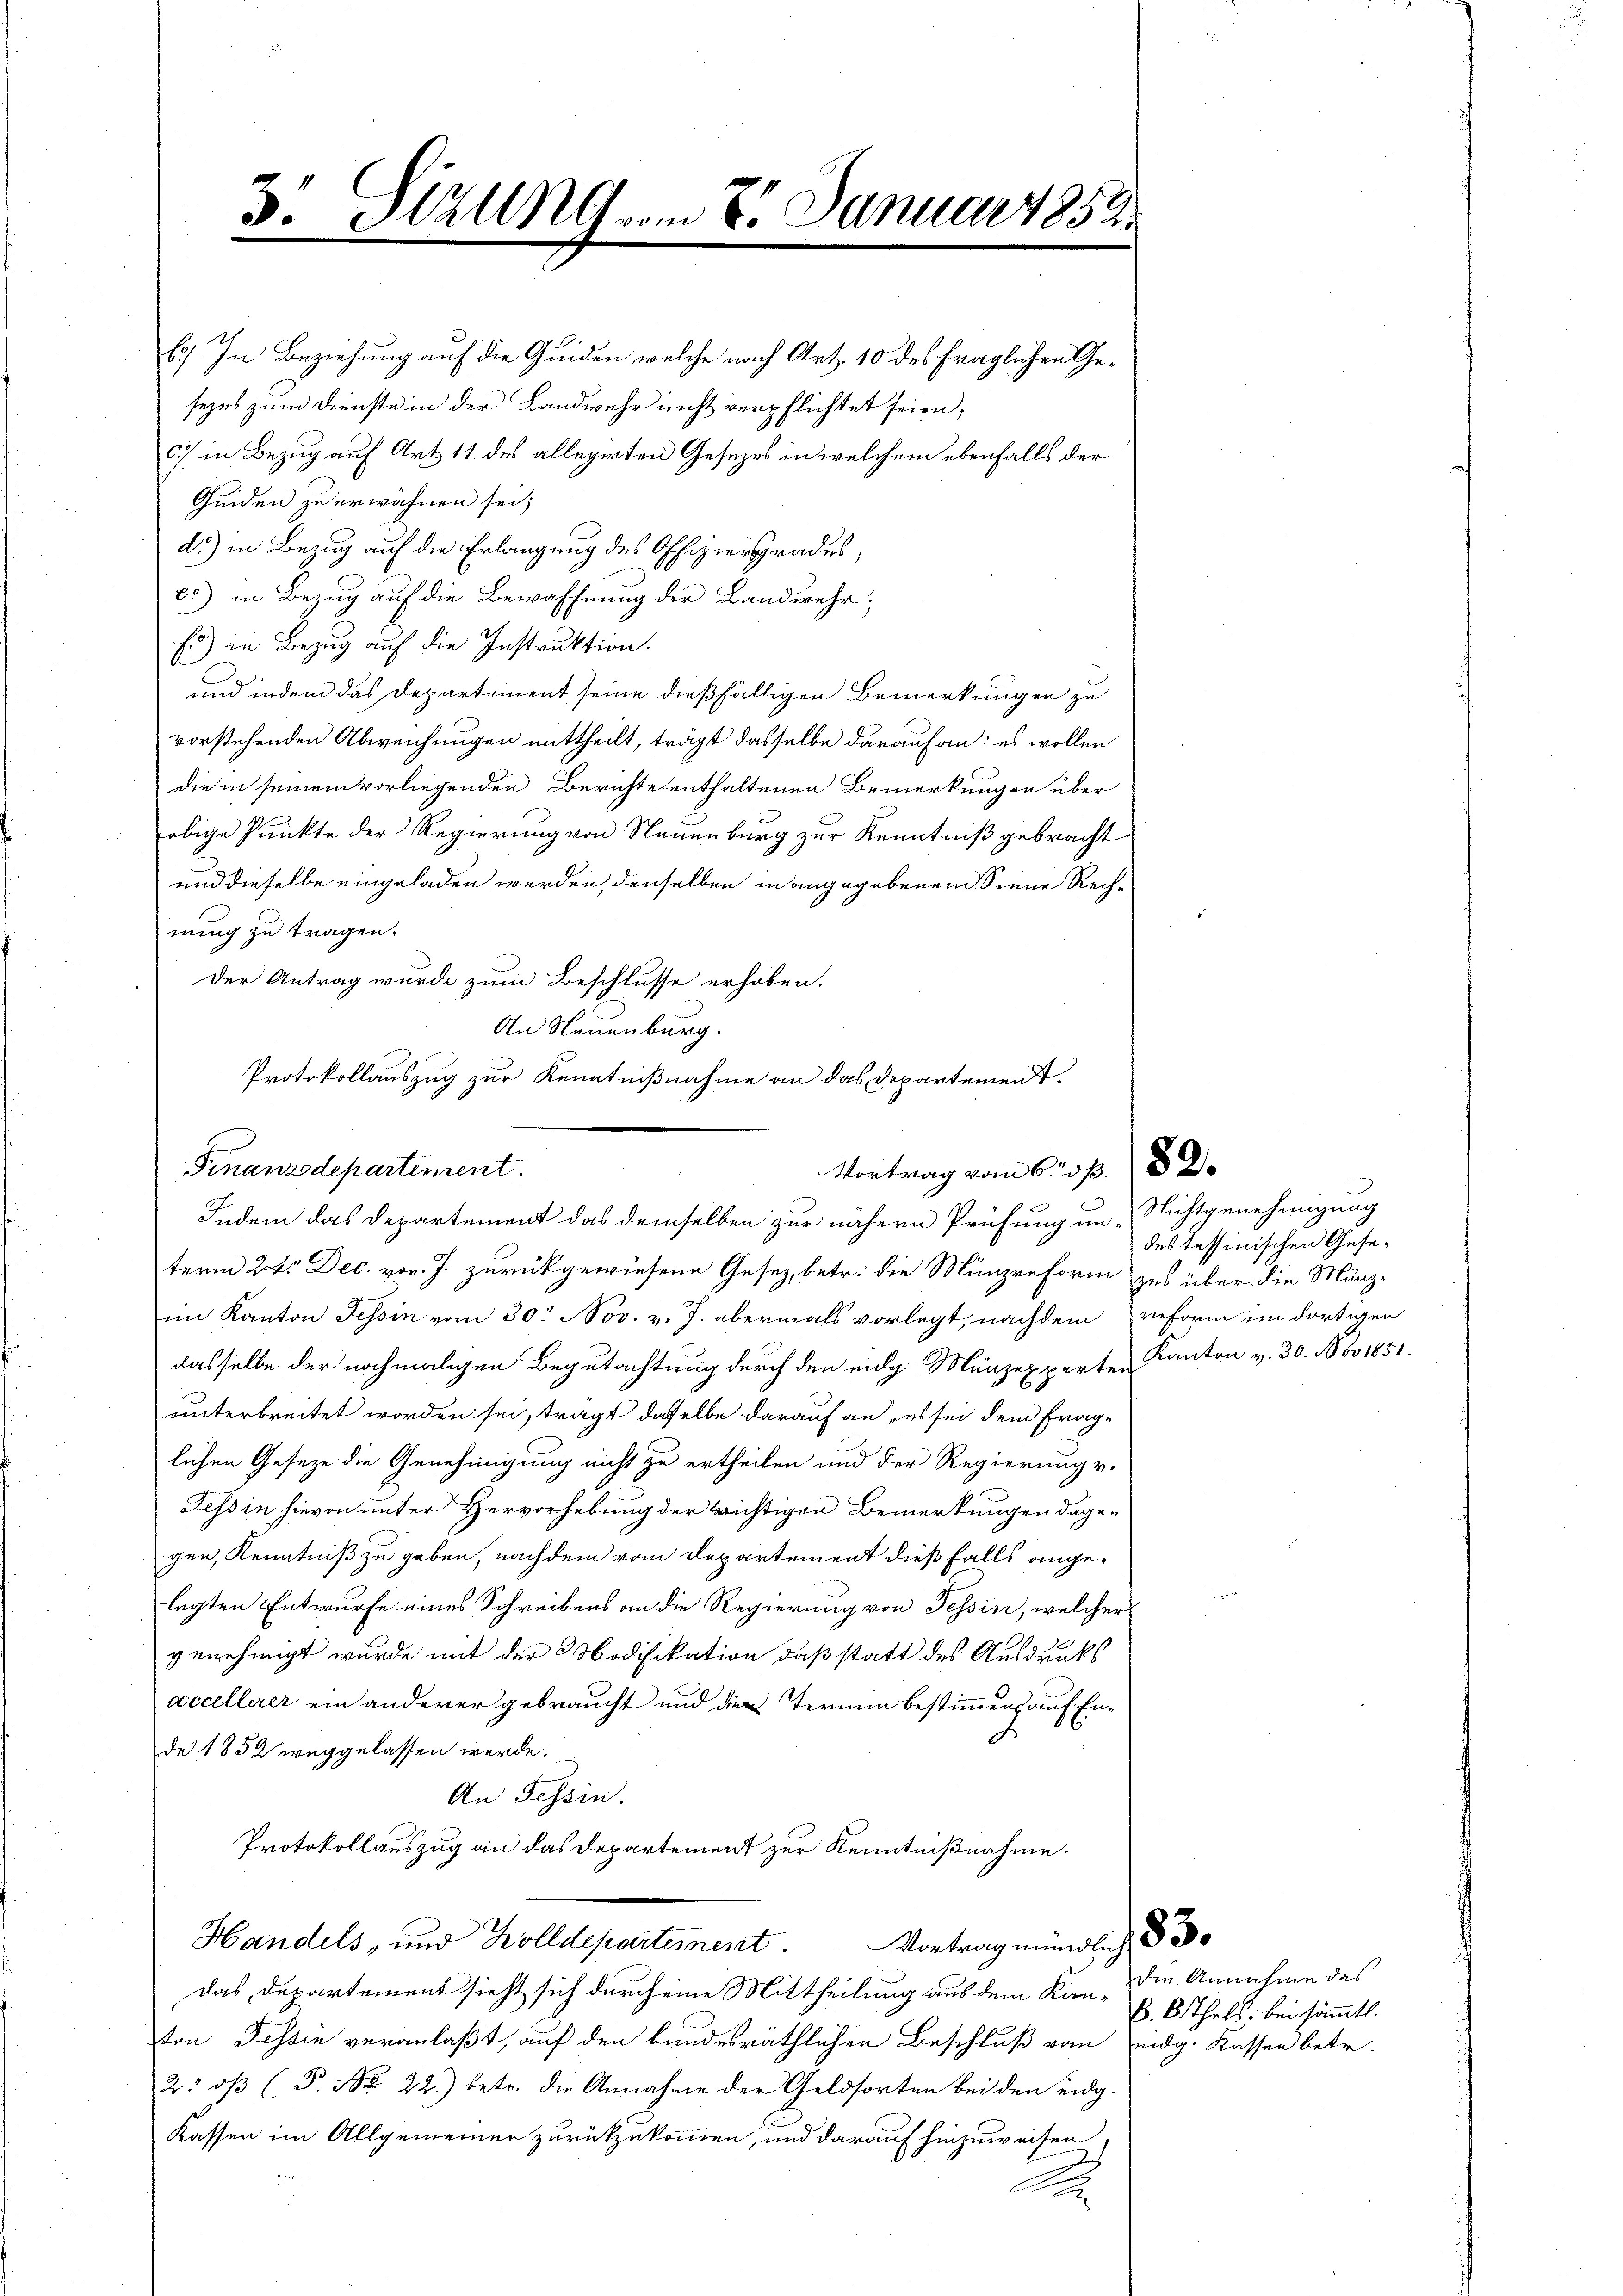
3. Sitzung vom 8. Januar 1858.

b.) In Beziehung auf die Guiden welche nach Art. 10 des fraglichen Gesezes zum Dienste in der Landwehr nicht verpflichtet seien;
C) in Bezug auf Art 11 des allegirten Gesetzes in welchem ebenfalls der
Geiden zu erwähnen sei;
d.) in Bezug auf die Erlangung des Offiziersgrades,
es) in Bezug auf die Bewaffnung der Landwehr;
Es) in Bezug auf die Instruktion.
und indem das Departement seine dießfälligen Bemerkungen zu
vorstehenden Abweichungen mittheilt, trägt dasselbe darauf an: es wollen
die in seinem vorliegenden Berichte enthaltenen Bemerkungen über
obige Punkte der Regierung von Neuenburg zur Kenntniß gebracht
und dieselbe eingeladen werden, denselben in angegebenem Sinne Rechnung zu tragen.
Der Antrag wurde zum Beschlusse erhoben.
Finanzdepartement.
Indem das Departement das demselben zur nähern Prüfung um Nichtgenehmigung
term 22. Dec. vor. J. zurückgewiesene Gesetz betr. die Münzreform zu über die Münzim Kanton Tessin vom 30. Nov. v. J. abermals vorlegt, nachdem reform im dortigen
dasselbe der nochmaligen Begutachtung durch den eidg. Münzexperten Kanton v. 30. Nov 1851.
unterbreitet worden sei, trägt dasselbe darauf an, es sei dem Frag-
lichen Geseze die Genehmigung nicht zu ertheilen und der Regierungs-
Tessin hievon unter Hervorhebung der wichtigen Bemerkungen dage-
gen, Kenntniß zu geben, nachdem vom Departement dießfalls angelegten Entwurfe eines Schreibens an die Regierung von Tessin, welcher
genehmigt wurde mit der Modifikation, daß statt des Ausdrucks
accellerer ein anderer gebraucht und der Termin bestimmen auf Ende 1852 weggelassen werde.
An Tessin.
Protokollauszug an das Departement zur Kenntnißnahme.
Handels- und Zolldepartement Vortrag mündlich § 30
das Departement sieht sich durch eine Mittheilung aus dem Kan die Annahme des
ton Tessin veranlaßt, auf den bundesräthlichen Beschluß von eidg. Kassen betr.
2: os (P. No 22.) betr. die Annahme der Geldsorten bei den eidg¬
Kassen im Allgemeiner zurückzukommen, und darauf hinzuweisen.
A

An Neuenburg.
Protokollauszug zur Kenntnißnahme an das Departement.
Vortrag vom 6. ds. 82

des Tessinischen Gese¬

B. B. Thals bei sämmtl.